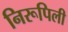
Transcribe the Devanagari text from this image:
निरूपिली